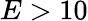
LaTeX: E>10